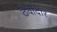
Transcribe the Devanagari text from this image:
ठेवीदार